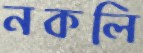
নকলি